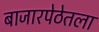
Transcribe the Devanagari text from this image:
बाजारपेठेतला